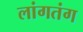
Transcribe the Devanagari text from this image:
लांगतंग